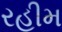
રહીમ